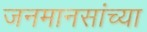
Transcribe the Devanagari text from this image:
जनमानसांच्या